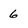
Character: 6